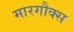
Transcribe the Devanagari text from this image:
मारगौक्स